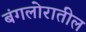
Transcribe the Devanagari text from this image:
बंगलोरातील